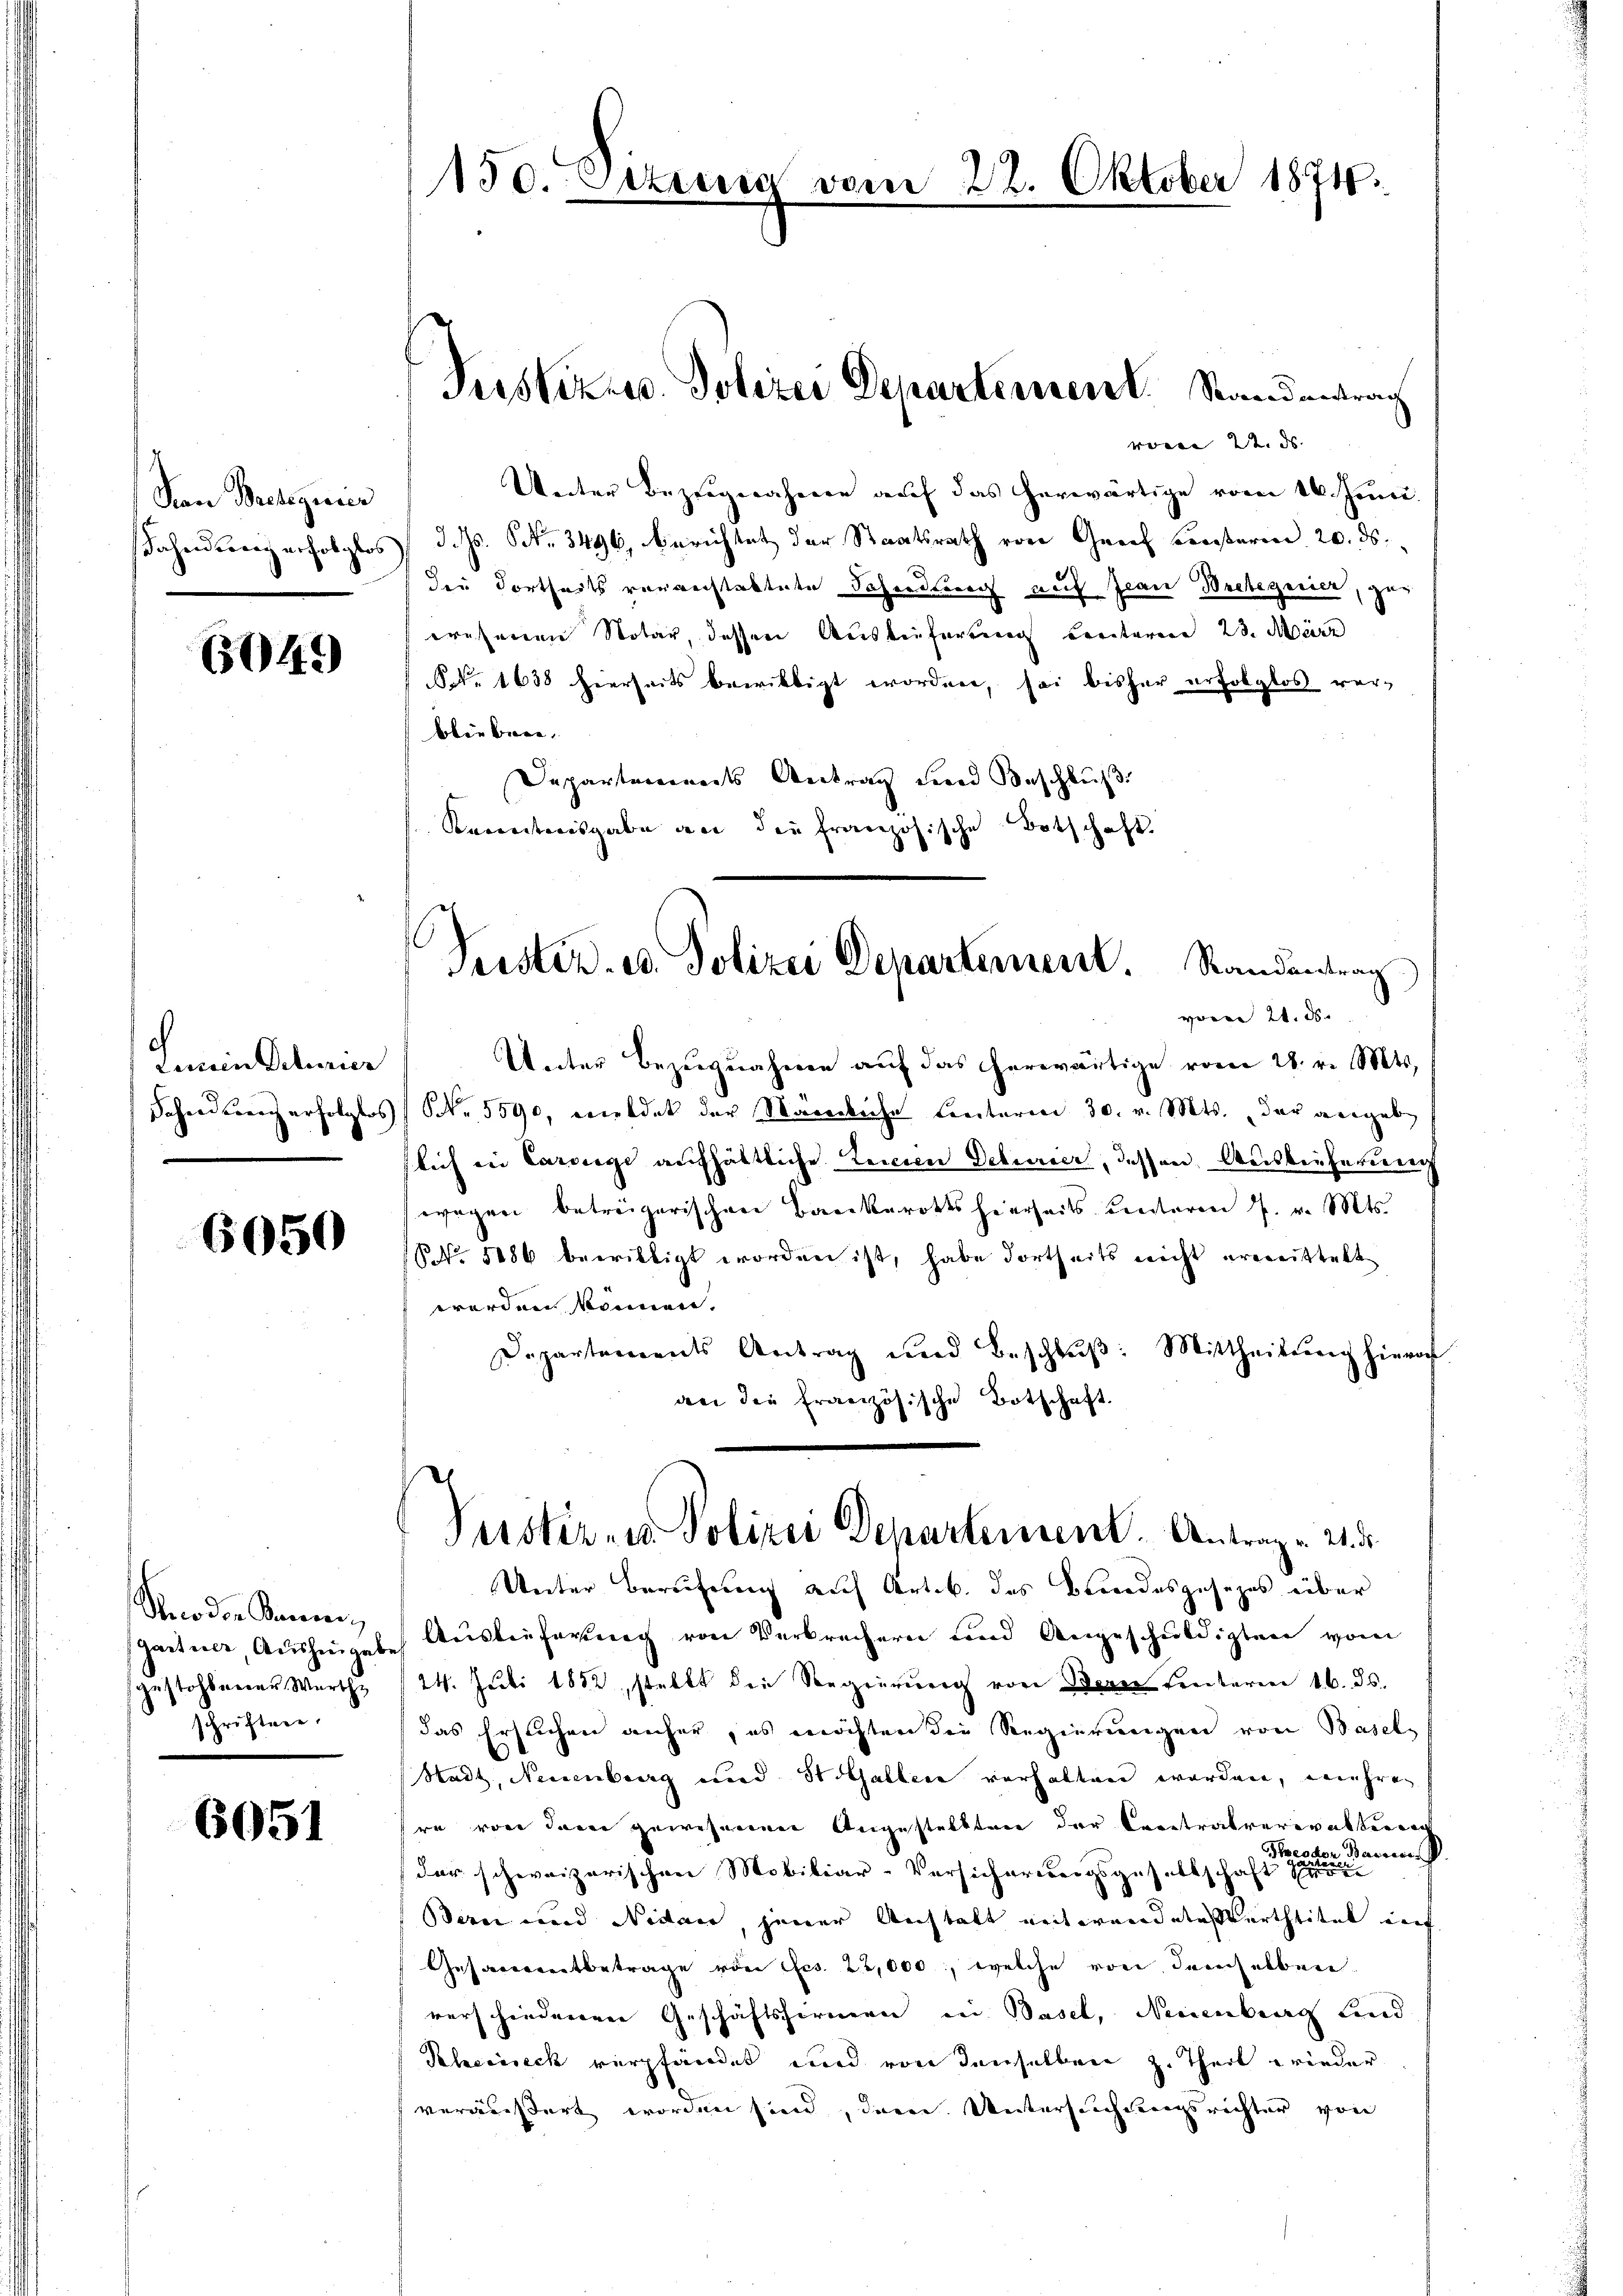
z
Nan Breseguier
ahnderung erfolglos

6049

Leinen Octurier
Fahend Zürich erfolgtes

6050

Secodon Sonnen,
gartner, Aushingabe
gestohlener Werthe
schriften.

6051

150. Sitz

von 22. ds. |
Unter Bezugnahmen auf das herwärtige vom 16. Juni.
 d. Js. NNo. 3496, berichtet der Staatsrath von Graf Fensterm 20. ds.
der dortheils verrechtastete Schendung auf Jean Bretsgerica, gewesenen Notar, dessen Auslieferung certaren 23. März
NNNo. 1638 hierseits bewilligt worden, sei bisher erfolglos ver-
blieben. |
Departements Antrag und Beschluß:
Kenntnisgabe an die französische Botschaft.
Peister, u. Polizei Departement. Randantrag
voren 21. ds.
Unter Bezugnahmen auf das herwärtige vom 28. v. Mts.
NNo. 5590, wiedet der Wareiliche Creitarie 30. v. Mts. der angebe
lich in Carsiege aufhältliche Teicien Deterier, dessen Auslieferung
wegen betreizerischen Bankerotts hierseits unteren P. v. Mts.
NNo. 1886 bewilligt worden ist, habe dortheits nicht erwittelt
werden können.
Departements Antrag und Beschlŭβ: Mittheilung hierof
dei die französische Botschaft

.

e

Justiz. Polizei Departerren Standentrag

22. Oktober 1871.

Puster- u Polizei Departement. Antrag. 21. d.

Unter Berufung auf Art. b. des Brandesgesezes über
Auslieferung von Verbrechern und Angeschuldigten vom
24. Juli 1882, stellt die Regierung von Bern Fentarien 16. ds.
das Ersuchen anher, es möchten die Regierungen von Basel-
Stadt, Neuenburg und St. Galler verhalten worden, währen
re von derer gewesenen Angestelltene der Centralverevatterrech
der schweizerischen Mobiliar-Versicherungsgesellschaft in einen nach
Bern und Nidau, jener Anstatt notwendetes Barthtitel auf
Gesammtbetrage von Ges. 22,000, welche von demselben
verschiedenerer Geschäftsformen bei Basel, Neuenburg und
Pheciseck verpfändet und von denselben z. Theil wieder
veräußert worden sind, den Untersuchungsrichter von